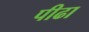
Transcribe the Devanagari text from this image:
पीढा